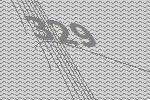
329